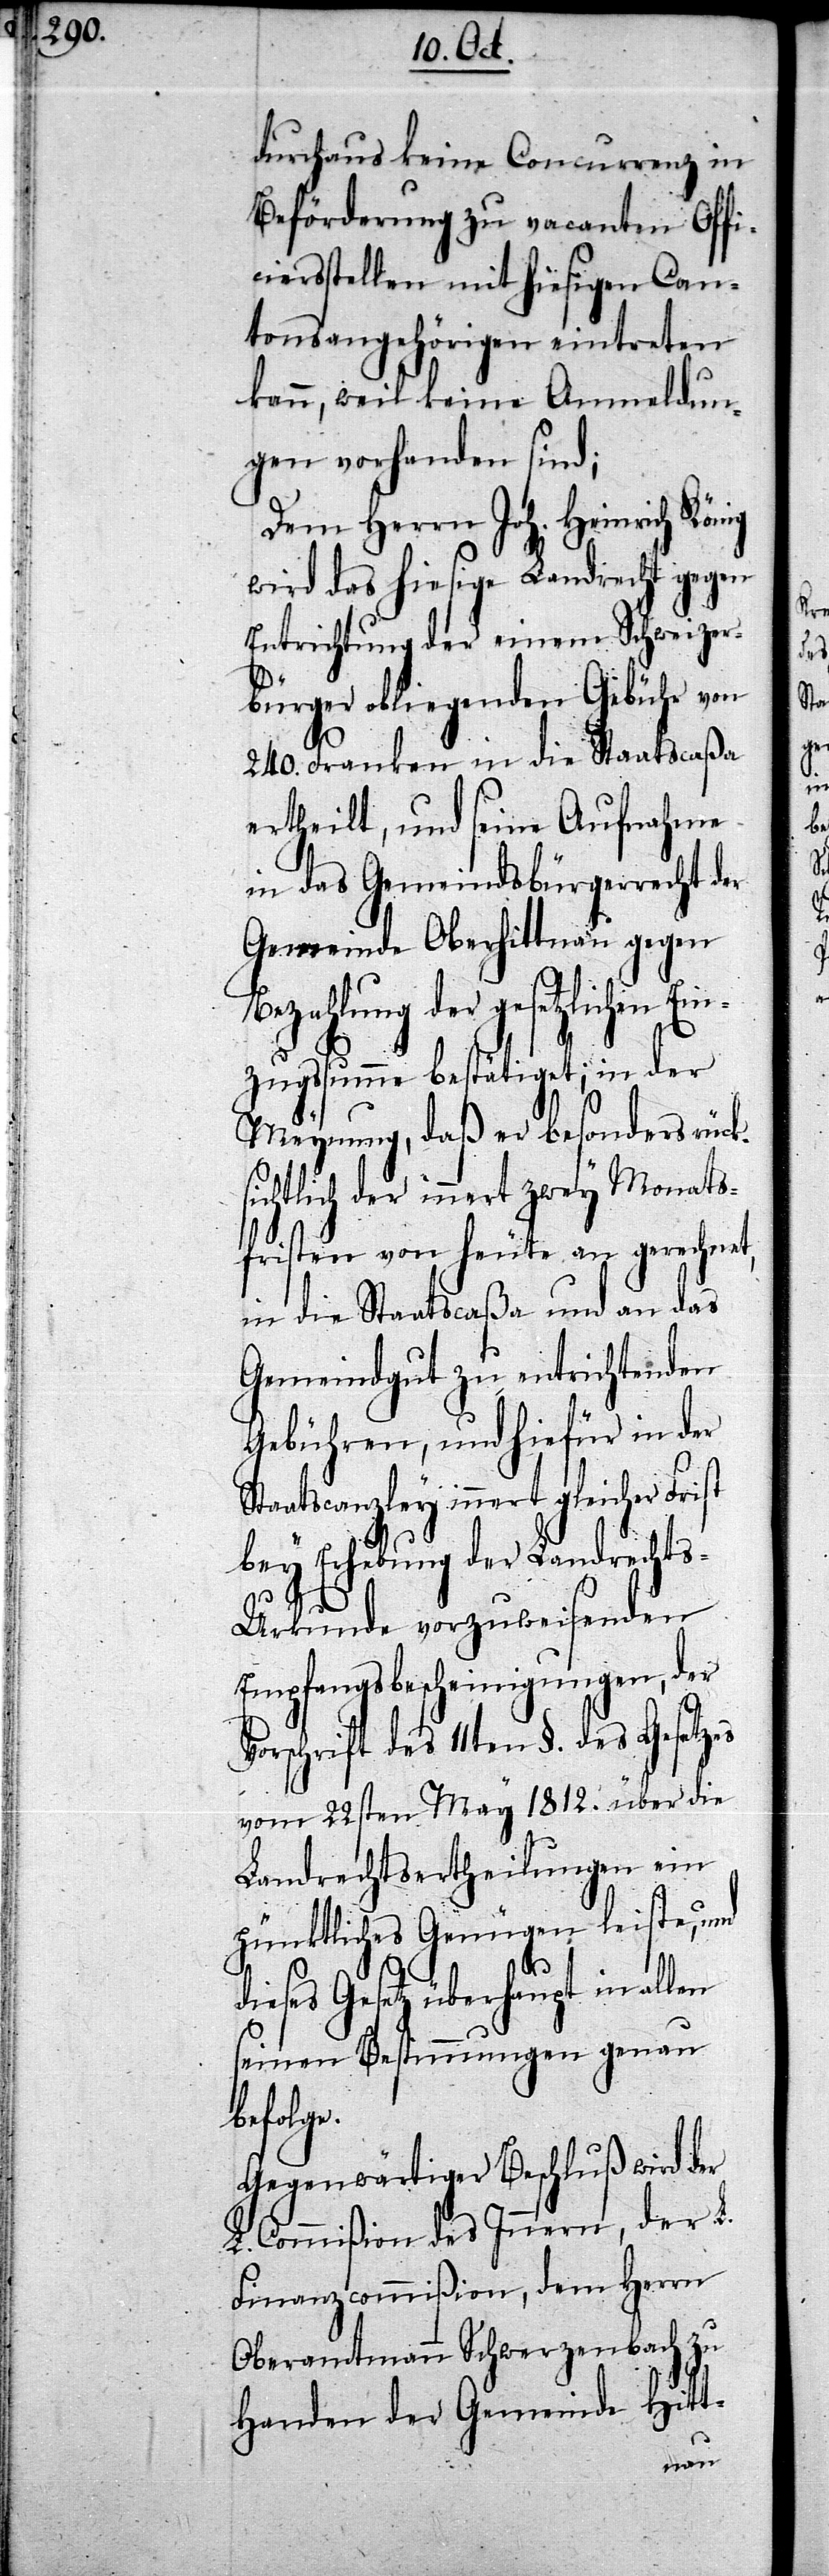
durchaus keine Concurrenz in
Beförderung zu vacanten Offi¬
ciersstellen mit hiesigen Can¬
tonsangehörigen eintreten
kann, weil keine Anmeldun¬
gen vorhanden sind;
Dem Herrn Joh. Heinrich König
wird das hiesige Landrecht gegen
Entrichtung der einem Schweizer¬
bürger obliegenden Gebühr von
240. Franken in die Staatscaßa
ertheilt, und seine Aufnahme
in das Gemeindsbürgerrecht der
Gemeinde Oberhittnau gegen
Bezahlung der gesetzlichen Ein¬
zugssumme bestätigt; in der
Meynung, daß er besonders rück¬
sichtlich der innert zwey Monats¬
fristen von heute an gerechnet
in die Staatscaßa und an das
Gmeindgut zu entrichtenden
Gebühren, und hiefür in der
Staatscanzley innert gleicher Frist
bey Erhebung der Landrechts-U¬
rkunde vorzuweisenden
Empfangsbescheinigungen, der
Vorschrift des 11ten §. des Gesetzes
vom 22sten May 1812. über die
Landrechtsertheilungen ein
pünktliches Genügen leiste, und
dieses Gesetz überhaupt in allen
seinen Bestimmungen genau
befolge.
Gegenwärtiger Beschluß wird der
L. Commißion des Innern, der L.
Finanzcommißion, dem Herrn
Oberamtmann Schwerzenbach zu
Handen der Gemeinde Hitt-